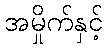
အမှိုက်နှင့်